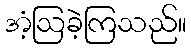
အံ့ဩခဲ့ကြသည်။